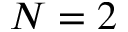
N = 2